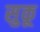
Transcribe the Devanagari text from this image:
सुकू